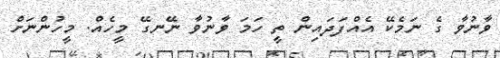
ވާނުވާ ގެ ނަމެކޭ އެއްފަދައިން ތީ ހަމަ ވާނުވާ ނޭނގޭ މީހެއް. މީހުންނަށް